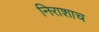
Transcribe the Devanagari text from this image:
निराशाच